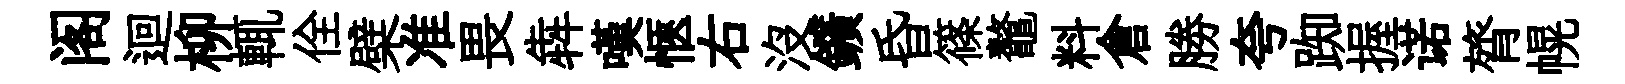
阁迴柳輒佺檗准畏犇嘆愜右沒鑛昏篠鼇料倉勝夸踟握诺膂幌